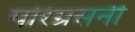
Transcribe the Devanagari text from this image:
परिग्रसनी